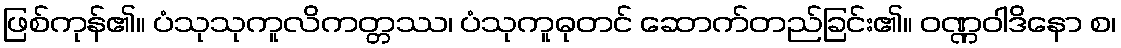
ဖြစ်ကုန်၏။ ပံသုသုကူလိကတ္တဿ၊ ပံသုကူဓုတင် ဆောက်တည်ခြင်း၏။ ဝဏ္ဏဝါဒိနော စ၊